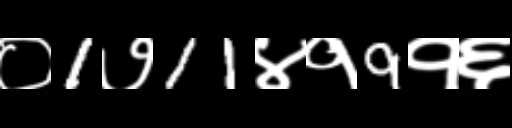
Text: ०1७11४१9१६